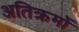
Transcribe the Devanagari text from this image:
अतिक्रमों